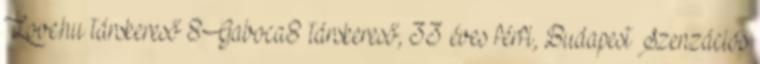
Love.hu társkereső 8Gaboca8 társkereső, 33 éves férfi, Budapest Szenzációs